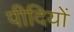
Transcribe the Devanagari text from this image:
पीदियों